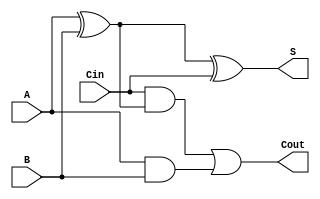
module full_adder (input Cin, input A, input B, output Cout, output S);

    wire x1;
    xor (x1, A, B);
    xor (S, x1, Cin);

    wire x2, x3;
    and (x2, Cin, x1);
    and (x3, A, B);

    or (Cout, x2, x3);

endmodule